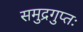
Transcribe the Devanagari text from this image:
समुद्रगुप्तः